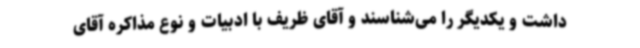
داشت و یکدیگر را می‌شناسند و آقای ظریف با ادبیات و نوع مذاکره آقای